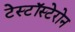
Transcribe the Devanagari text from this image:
टेस्टॉस्टेरोन